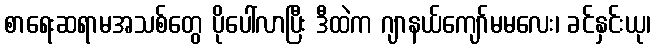
စာရေးဆရာမအသစ်တွေ ပိုပေါ်လာပြီး ဒီထဲက ဂျာနယ်ကျော်မမလေး၊ ခင်နှင်းယု၊